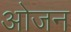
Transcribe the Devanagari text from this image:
ओजन